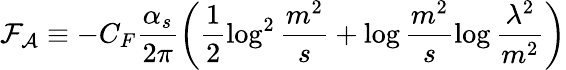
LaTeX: {\cal F}_{\cal A}\equiv-C_{F}\frac{\alpha_{s}}{2\pi}\left(\frac{1}{2}\log^{2}\frac{m^{2}}{s}+\log\frac{m^{2}}{s}\log\frac{\lambda^{2}}{m^{2}}\right)